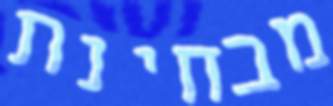
מבחינת